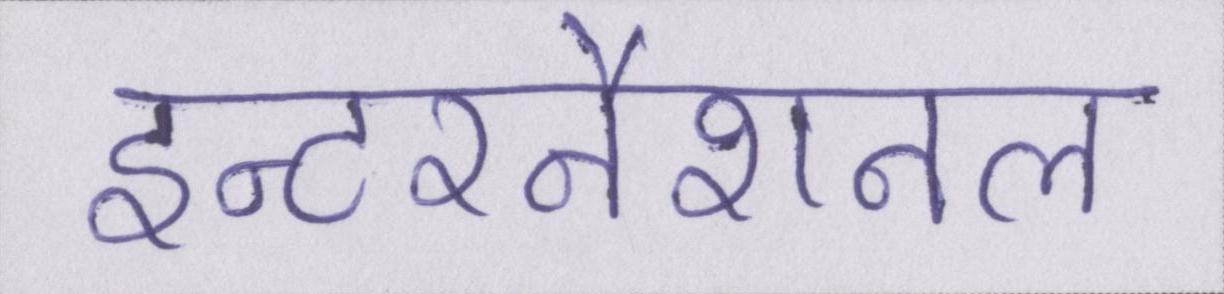
इन्टरनैशनल